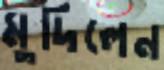
মুদিলেন